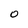
Character: 0